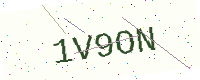
Text: 1V9ON